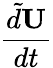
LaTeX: \frac{\tilde{d}\mathbf{U}}{dt}